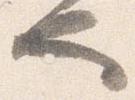
也